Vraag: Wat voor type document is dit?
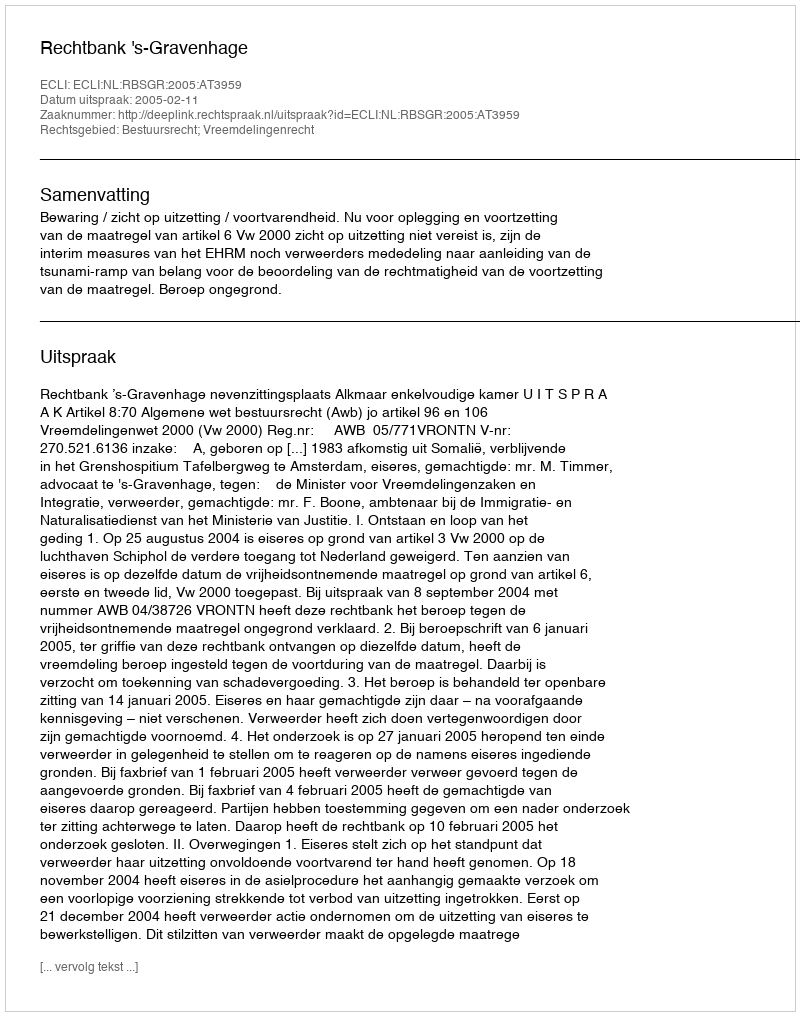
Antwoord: Uitspraak